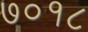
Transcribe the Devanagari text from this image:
७०१८